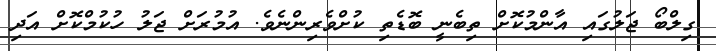
ގިލްބޯ ޖަލުގައި އާންމުކޮށް ތިބެނީ ބޮޑެތި ކުށްވެރިންނެވެ. އުމުރަށް ޖަލު ހުކުމްކޮށް އަދި